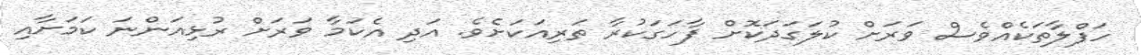
ހަފްލާތަކެއްވެސް ވަރަށް ކުލަގަދަކޮށް ފާހަގަކުރާ ތަރިއަކަށެވެ. އަދި އެކަމާ ވަރަށް ރުޅިއަންނަ ކަމަށާއި